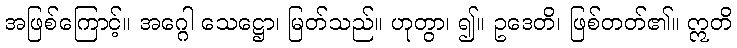
အဖြစ်ကြောင့်။ အဂ္ဂေါ သေဋ္ဌော၊ မြတ်သည်။ ဟုတွာ၊ ၍။ ဥဒေတိ၊ ဖြစ်တတ်၏။ ဣတိ